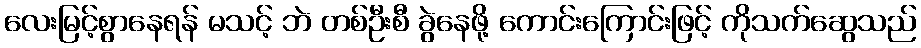
လေးမြင့်စွာနေရန် မသင့် ဘဲ တစ်ဦးစီ ခွဲနေဖို့ ကောင်းကြောင်းဖြင့် ကိုသက်ဆွေသည်